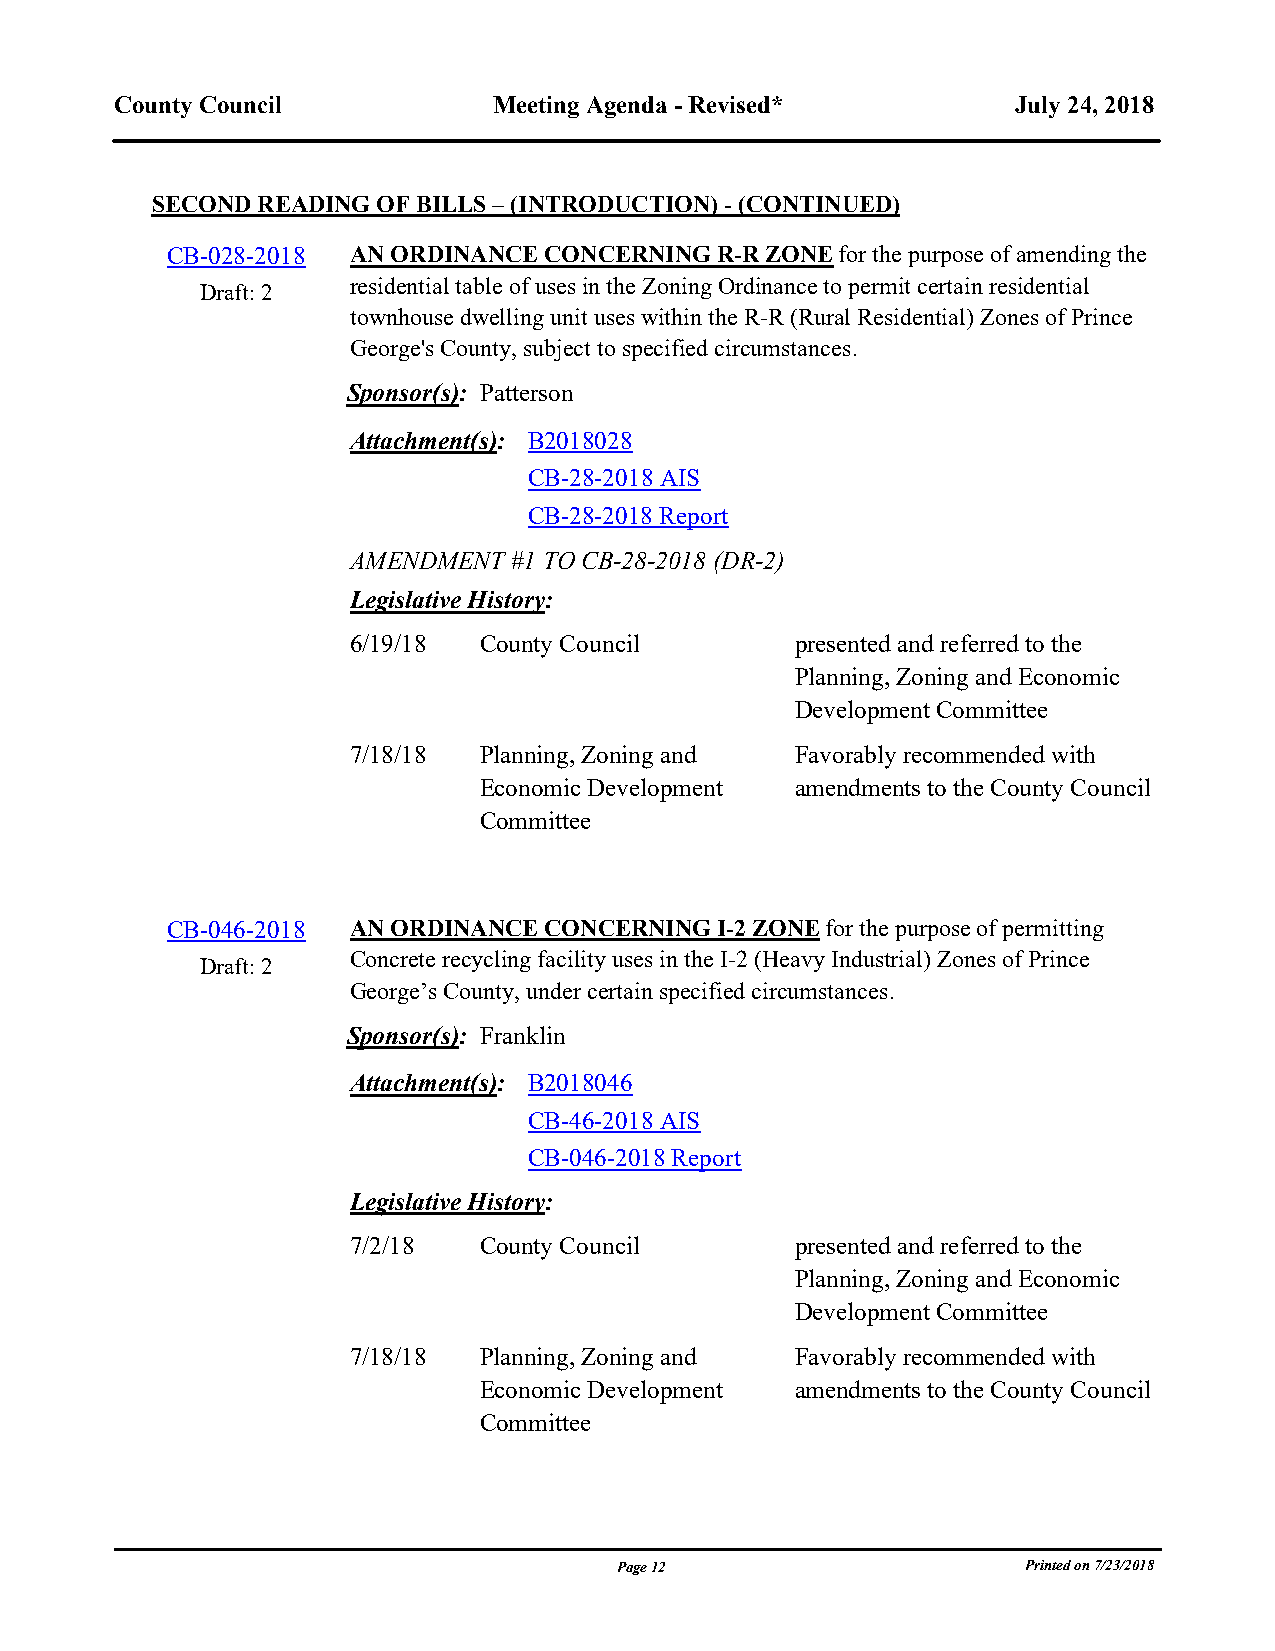
County Council           Meeting Agenda - Revised*         July 24, 2018
 SECOND READING OF BILLS – (INTRODUCTION) - (CONTINUED)
 CB-028-2018 AN ORDINANCE CONCERNING R-R ZONE for the purpose of amending the
 residential table of uses in the Zoning Ordinance to permit certain residential
 Draft: 2
 townhouse dwelling unit uses within the R-R (Rural Residential) Zones of Prince
 George's County, subject to specified circumstances.
 Sponsor(s): Patterson
 Attachment(s): B2018028
 CB-28-2018 AIS
 CB-28-2018 Report
 AMENDMENT  #1 TO CB-28-2018 (DR-2)
 Legislative History:
 6/19/18  County Council       presented and referred to the
 Planning, Zoning and Economic
 Development Committee
 7/18/18  Planning, Zoning and Favorably recommended with
 Economic Development amendments to the County Council
 Committee
 blank line
 CB-046-2018 AN ORDINANCE CONCERNING I-2 ZONE for the purpose of permitting
 Concrete recycling facility uses in the I-2 (Heavy Industrial) Zones of Prince
 Draft: 2
 George’s County, under certain specified circumstances.
 Sponsor(s): Franklin
 Attachment(s): B2018046
 CB-46-2018 AIS
 CB-046-2018 Report
 Legislative History:
 7/2/18   County Council       presented and referred to the
 Planning, Zoning and Economic
 Development Committee
 7/18/18  Planning, Zoning and Favorably recommended with
 Economic Development amendments to the County Council
 Committee
 Page 12                    Printed on 7/23/2018